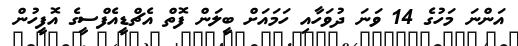
އަންނަ މަހުގެ 14 ވަނަ ދުވަހާއި ހަމައަށް ބީލަން ފޮތް އެޗްޑީއެފްސީގެ އޮފީހުން